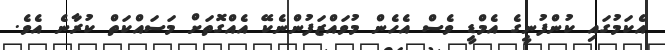
އެކަމުގައި ކުންފުނީގެ އެމްޑީ ވެސް އެހެން މުވައްޒަފުންނެކޭ އެއްގޮތަށް މަސައްކަތް ކުރާނެ އެވެ.